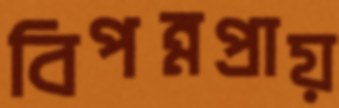
বিপন্নপ্রায়